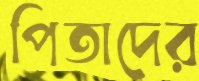
পিতাদের